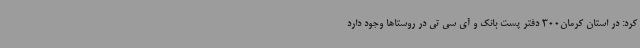
کرد: در استان کرمان300 دفتر پست بانک و آی سی تی در روستاها وجود دارد